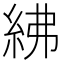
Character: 紼